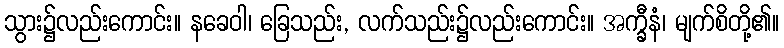
သွား၌လည်းကောင်း။ နခေဝါ၊ ခြေသည်း, လက်သည်း၌လည်းကောင်း။ အက္ခီနံ၊ မျက်စိတို့၏။